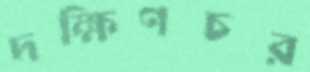
দক্ষিণচর